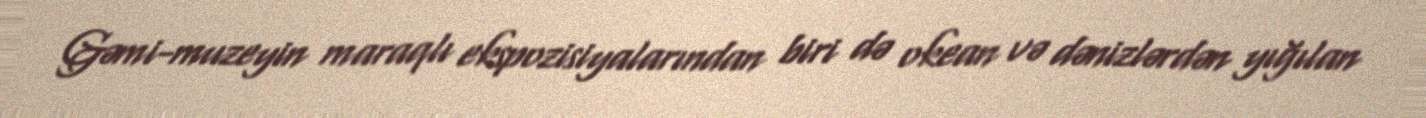
Gəmi-muzeyin maraqlı ekspozisiyalarından biri də okean və dənizlərdən yığılan